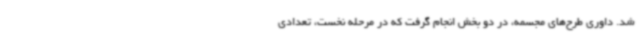
شد. داوری طرح‌های مجسمه، در دو بخش انجام گرفت که در مرحله نخست، تعدادی